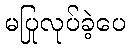
မပြုလုပ်ခဲ့ပေ